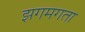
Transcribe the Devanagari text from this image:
झगमगता